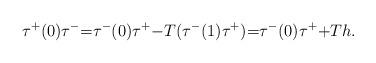
LaTeX: \begin{align*}\tau^{+}(0)\tau^{-}{=}\tau^{-}(0)\tau^{+}{-}T(\tau^{-}(1)\tau^{+}){=}\tau^{-}(0)\tau^{+}{+}Th.\end{align*}